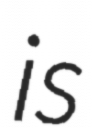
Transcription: is